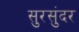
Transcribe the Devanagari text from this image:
सुरसुंदर